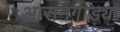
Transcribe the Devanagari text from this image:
आरामगाड्या